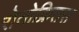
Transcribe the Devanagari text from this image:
रोतोक्रितस